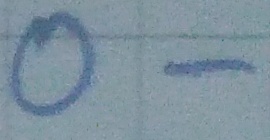
Text: O-